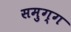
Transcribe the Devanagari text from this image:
समुग्ग